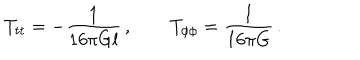
T _ { t t } = - \frac { 1 } { 1 6 \pi G l } \, , \qquad T _ { \phi \phi } = \frac { l } { 1 6 \pi G } \, .